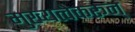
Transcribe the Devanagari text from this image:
मुख्यत्वेकरून्